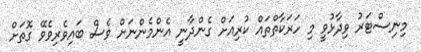
މިނިސްޓަރު ވިދާޅުވީ މި ހަރަކާތްތައް ކުރިއަށް ގެންދާނީ އެންމެންނަށް ވެސް ބައިވެރިވެވޭ ގޮތަށް